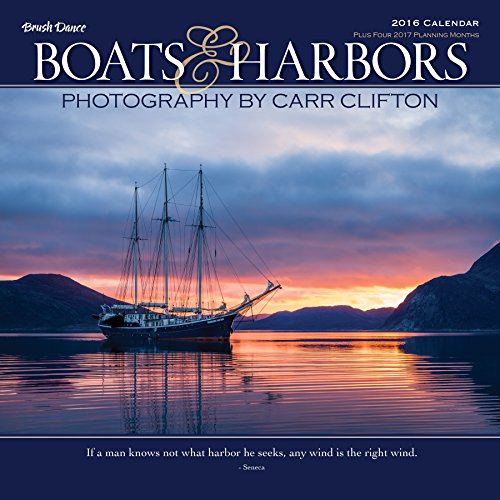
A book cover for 2016 Boats & Harbors Wall Calendar; Brush Dance and Carr Clifton; Calendars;